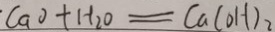
C a O + H _ { 2 } O = C a ( O H ) _ { 2 }